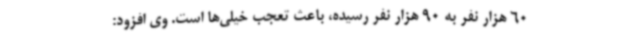
60 هزار نفر به 90 هزار نفر رسیده، باعث تعجب خیلی‌ها است. وی افزود: